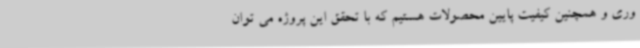
وری و همچنین کیفیت پایین محصولات هستیم که با تحقق این پروژه می توان